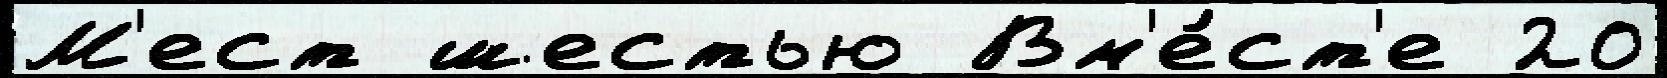
М'ест шестью Вм'е́ст'е 20